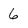
Character: 6